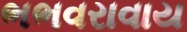
ભભવરાવાય